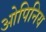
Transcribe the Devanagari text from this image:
ओपिनिय